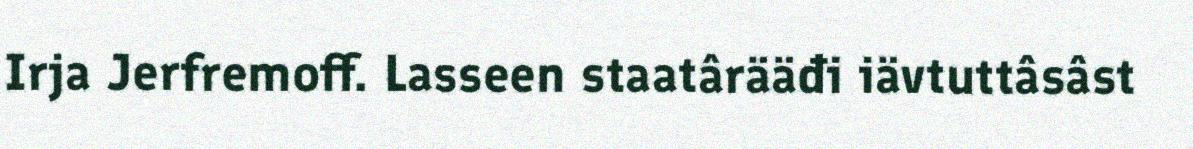
Irja Jerfremoff. Lasseen staatârääđi iävtuttâsâst